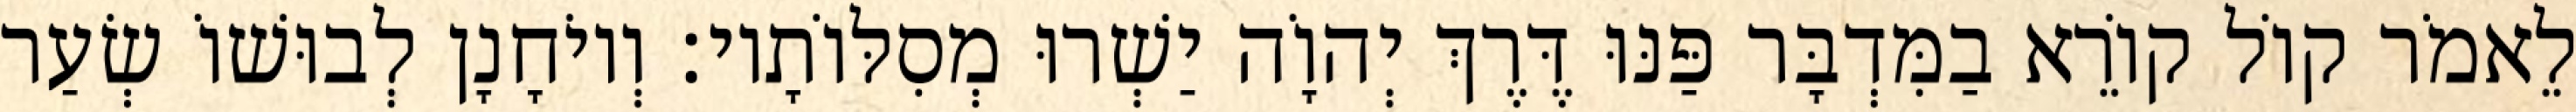
לֵאמֹר קוֹל קוֹרֵא בַמִּדְבָּר פַּנּוּ דֶּרֶךְ יְהוָֹה יַשְׁרוּ מְסִלּוֹתָיו׃ וְיוֹחָנָן לְבוּשׁוֹ שְׂעַר